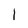
Character: 1